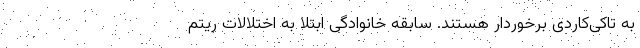
به تاکی‌کاردی برخوردار هستند. سابقه خانوادگی ابتلا به اختلالات ریتم